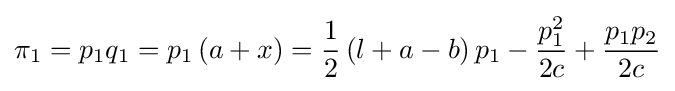
\pi _{1}=p_{1}q_{1}=p_{1}\left(a+x\right)={\frac {1}{2}}\left(l+a-b\right)p_{1}-{\frac {p_{1}^{2}}{2c}}+{\frac {p_{1}p_{2}}{2c}}